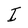
Character: I